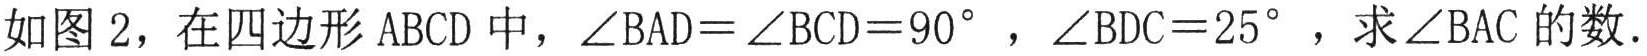
如图 2，在四边形 ABCD 中，\(\angle BAD = \angle BCD = 90^{\circ}\)，\(\angle BDC = 25^{\circ}\)，求\(\angle BAC\)的数.